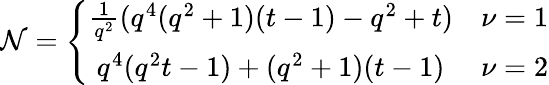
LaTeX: {\cal N}=\left\{ \begin{array}{cl}{{\frac{1}{q^{2}}(q^{4}(q^{2}+1)(t-1)-q^{2}+t)}}&{{\nu=1}}\\ {{q^{4}(q^{2}t-1)+(q^{2}+1)(t-1)}}&{{\nu=2}}\end{array}\right.